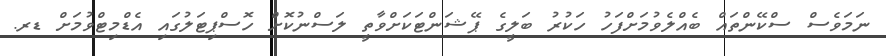
ނަމަވެސް ސްކޭންތައް ބެއްލެވުމަށްފަހު ހަކުރު ބަލީގެ ޕޭޝަންޓަކަށްވާތީ ލަސްނުކޮށް ހޮސްޕިޓަލުގައި އެޑްމިޓްވުމަށް ޑރ.